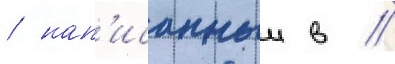
/ нап'исанныи в //